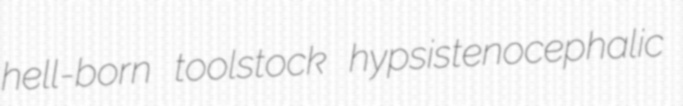
hell-born toolstock hypsistenocephalic